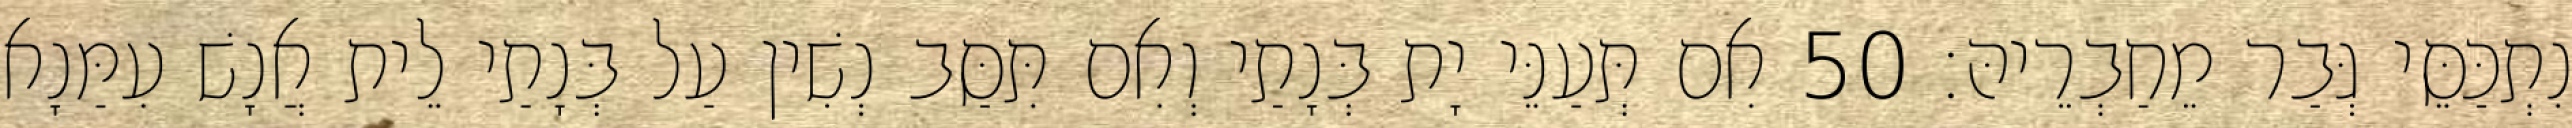
נִתְכַּסֵּי גְּבַר מֵחַבְרֵיהּ׃ 50 אִם תְּעַנֵּי יָת בְּנָתַי וְאִם תִּסַּב נְשִׁין עַל בְּנָתַי לֵית אֲנָשׁ עִמַּנָא